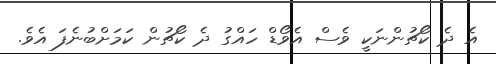
އެ ދެ ކޯޗުންނަކީ ވެސް އެވޯޑް ހައްގު ދެ ކޯޗުން ކަމަށްބުނެފަ އެވެ.